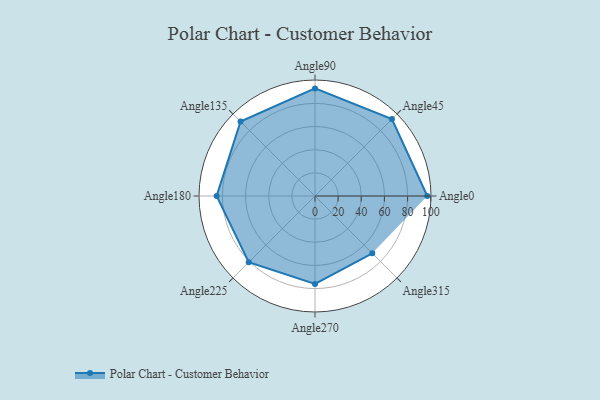
{"axis": {"x": "Angle", "y": "Radius"}, "legend": [""], "data": [{"x": "Angle0", "y": 97.0, "type": ""}, {"x": "Angle45", "y": 94.0, "type": ""}, {"x": "Angle90", "y": 93.0, "type": ""}, {"x": "Angle135", "y": 91.0, "type": ""}, {"x": "Angle180", "y": 85.0, "type": ""}, {"x": "Angle225", "y": 81.0, "type": ""}, {"x": "Angle270", "y": 76.0, "type": ""}, {"x": "Angle315", "y": 70.0, "type": ""}]}